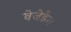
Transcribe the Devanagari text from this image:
वेजेडैग